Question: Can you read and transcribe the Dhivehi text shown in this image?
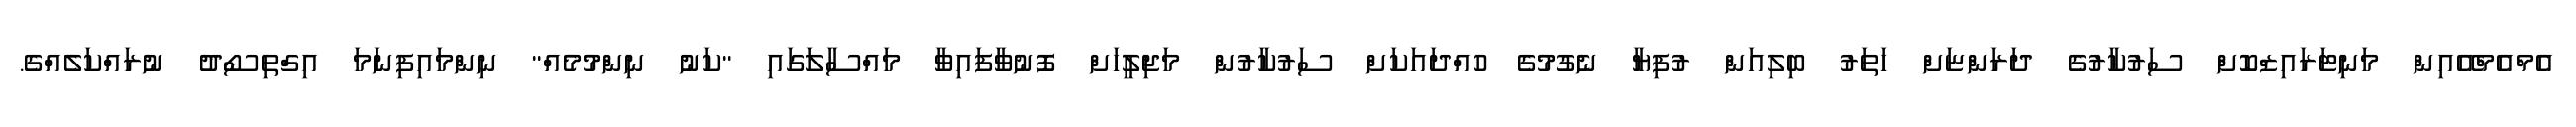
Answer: އެމްއެމްއޭއިން މަނިޓަރައިޒްކޮށް ސަރުކާރުގެ ދަރަންޏަށް ހަތަރު ބިލިއަން ރުފިޔާ ނެގުމުގެ ހުއްދައަކަށް ސަރުކާރުން މަޖިލީހަށް ފޮނުވާފައިވާ މައްސާލަގައި "ކަނު ނިންމުމެއް" ނިންމައިފިނަމަ އިގްތިސޯދު ނުރައްކަލެއްގެ.